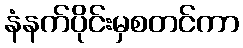
နံနက်ပိုင်းမှစတင်ကာ